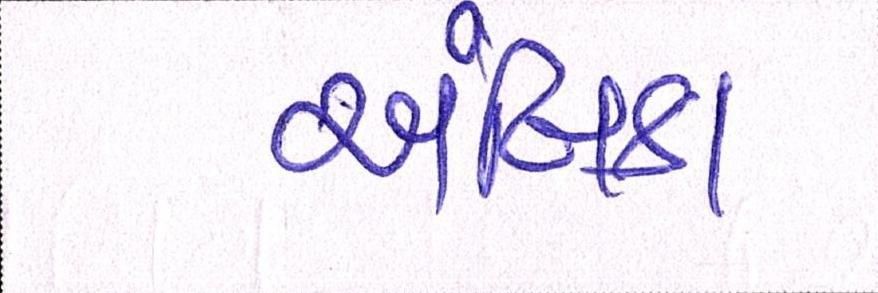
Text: અંબિકા